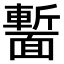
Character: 𩈻